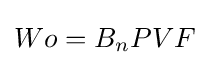
Wo=B_{n}PVF